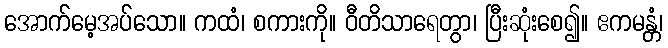
အောက်မေ့အပ်သော။ ကထံ၊ စကားကို။ ဝီတိသာရေတွာ၊ ပြီးဆုံးစေ၍။ ဧကမန္တံ၊